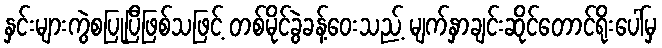
နှင်းများကွဲစပြုပြီဖြစ်သဖြင့် တစ်မိုင်ခွဲခန့်ဝေးသည့် မျက်နှာချင်းဆိုင်တောင်ရိုးပေါ်မှ